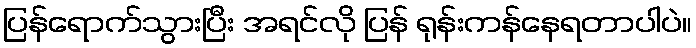
ပြန်ရောက်သွားပြီး အရင်လို ပြန် ရုန်းကန်နေရတာပါပဲ။